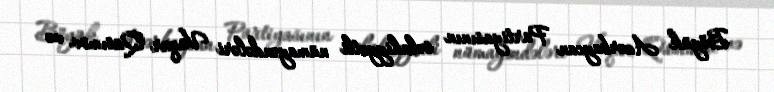
Böyük Azərbaycan Partiyasının səlahiyyətli nümayəndələri Vüqar Qasımov və